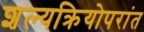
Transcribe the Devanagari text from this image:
शल्यक्रियोपरांत